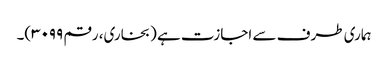
ہماری طرف سے اجازت ہے (بخاری، رقم ۳۰۹۹)۔